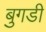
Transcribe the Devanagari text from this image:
बुगडी